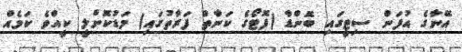
އޭނާގެ އުފަން ސިޓީގައި ބޮންޑާ (ފޮޓޯގެ ކަނާތް ފަރާތުގައި) މަޑުކޮށްލީ ކީއްވެ ކަމެއް